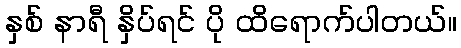
နှစ် နာရီ နှိပ်ရင် ပို ထိရောက်ပါတယ်။